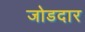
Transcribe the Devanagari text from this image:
जोडदार